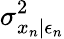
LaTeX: \sigma_{x_{n}|\epsilon_{n}}^{2}